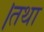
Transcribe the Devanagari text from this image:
।तथा